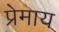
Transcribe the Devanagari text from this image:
प्रेमाय